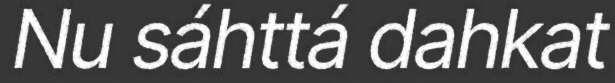
Nu sáhttá dahkat